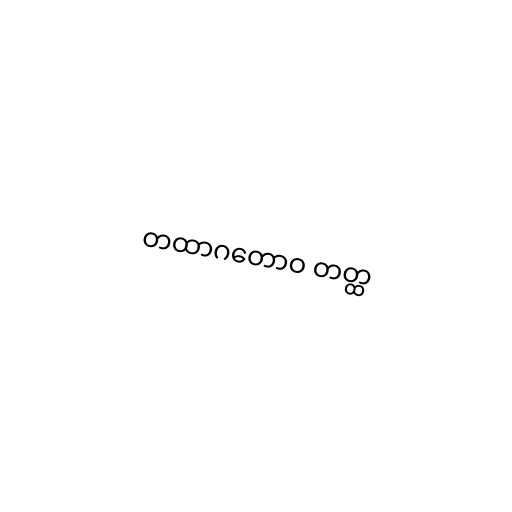
တထာဂတောဝ တတ္ထ